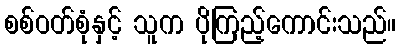
စစ်ဝတ်စုံနှင့် သူက ပိုကြည့်ကောင်းသည်။